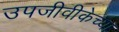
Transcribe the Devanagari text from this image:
उपजीवीकेच्या